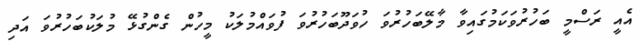
އެއީ ރަސްމީ ބަހުރުވަކަމުގައިވާ މާލޭބަހުރުވަ ހުވަދޫބަހުރުވަ ފުވައްމުލަކު މީހުން ގެންގުޅޭ މުލަކުބަހުރުވަ އަދި